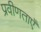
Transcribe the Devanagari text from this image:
प्रवीणताएँ